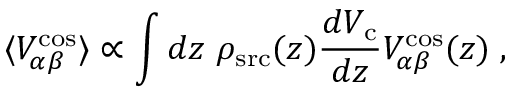
\langle V _ { \alpha \beta } ^ { \mathrm { c o s } } \rangle \propto \int d z ~ \rho _ { \mathrm { s r c } } ( z ) \frac { d V _ { \mathrm { c } } } { d z } V _ { \alpha \beta } ^ { \mathrm { c o s } } ( z ) \; ,